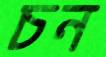
চন